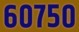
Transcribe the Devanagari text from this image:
६०७५०